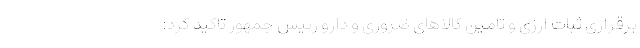
برقراری ثبات ارزی و تامین کالاهای ضروری و دارو رئیس جمهور تاکید کرد: